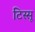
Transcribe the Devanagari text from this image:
टिस्सू